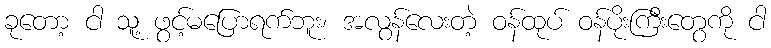
ခုတော့ ငါ သူ့ ဖွင့်မပြောရက်ဘူး၊ အလွန်လေးတဲ့ ဝန်ထုပ် ဝန်ပိုးကြီးတွေကို ငါ